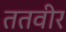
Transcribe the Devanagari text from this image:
ततवीर